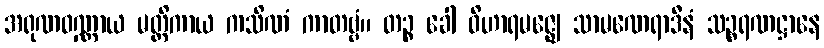
အရုဏဝဏ္ဏာယ မတ္တိကာယ ကသိဏံ ကာတဗ္ဗံ။ တဉ္စ ခေါ ဝိဟာရမဇ္ဈေ သာမဏေရာဒီနံ သဉ္စရဏဋ္ဌာနေ